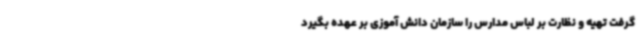
گرفت تهیه و نظارت بر لباس مدارس را سازمان دانش آموزی بر عهده بگیرد